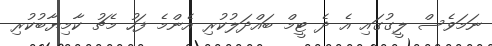
ނަމަވެސް ލީގުގައި އެ ދެ ޓީމް ބައްދަލުކުރި އެންމެ ފަހު މެޗު ކާމިޔާބުކުރި